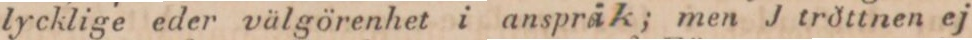
lycklige eder välgörenhet i anspråk; men J tröttnen ej